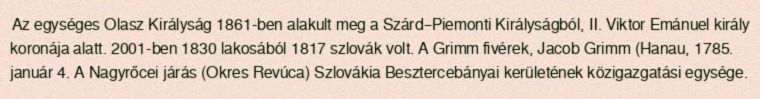
Az egységes Olasz Királyság 1861-ben alakult meg a Szárd–Piemonti Királyságból, Ⅱ. Viktor Emánuel király koronája alatt. 2001-ben 1830 lakosából 1817 szlovák volt. A Grimm fivérek, Jacob Grimm (Hanau, 1785. január 4. A Nagyrőcei járás (Okres Revúca) Szlovákia Besztercebányai kerületének közigazgatási egysége.